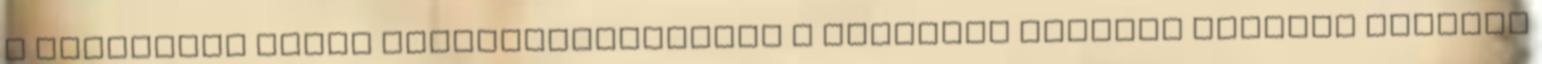
a különböző egyéb mikroorganizmusok a növények számára termelt hasznos